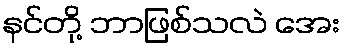
နင်တို့ ဘာဖြစ်သလဲ အေး